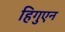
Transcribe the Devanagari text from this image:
हिगुएन